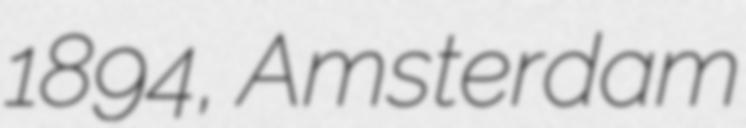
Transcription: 1894, Amsterdam